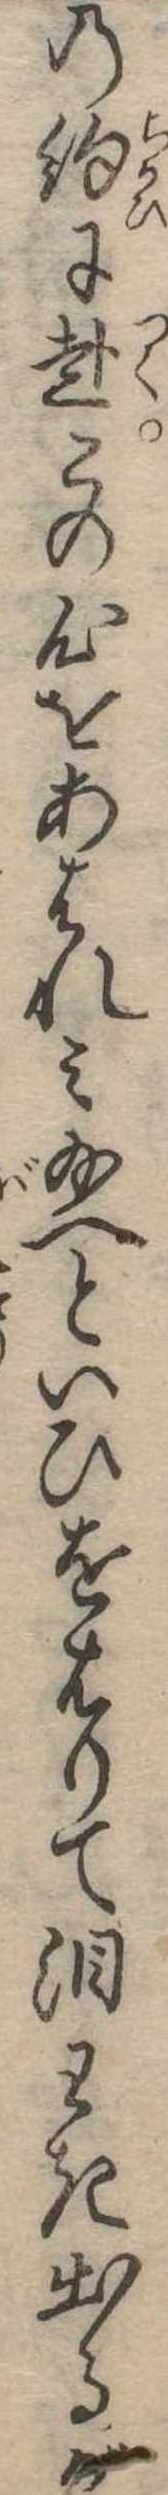
の約に赴この心をあはれみ給へといひをはりて涙わき出るが